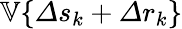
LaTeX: \mathbb{V}\{ \varDelta s_{k}+\varDelta r_{k}\}